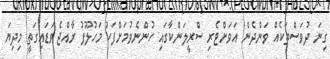
ގިނަ ދުވަސްތަކެއް ވަންދެން އަވަށްޓެރި ސްރީލަންކާގައި ހުންނެވުމަށްފަހު މަހުލޫފު ރާއްޖެ ވަޑައިގަތީ މިދިޔަ